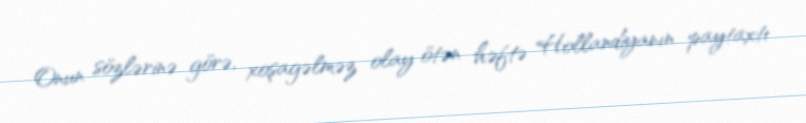
Onun sözlərinə görə, xoşagəlməz olay ötən həftə Hollandiyanın paytaxtı